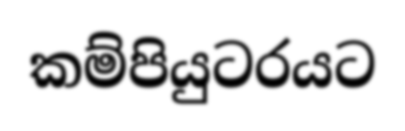
කම්පියුටරයට